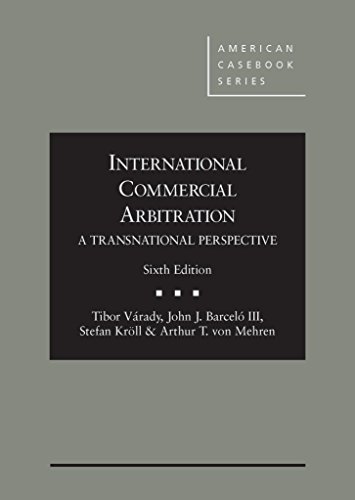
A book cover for International Commercial Arbitration - A Transnational Perspective, 6th (American Casebook Series); Tibor VÃ¡rady; Law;